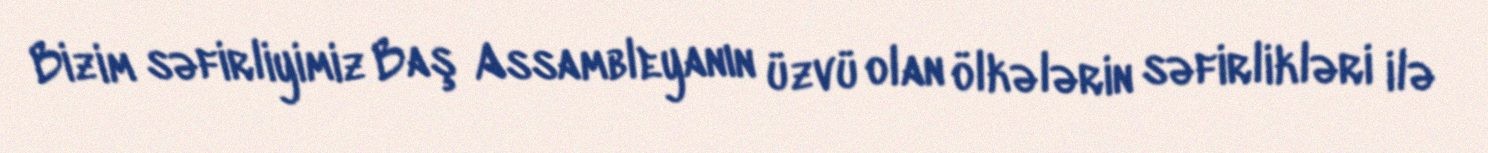
Bizim səfirliyimiz Baş Assambleyanın üzvü olan ölkələrin səfirlikləri ilə